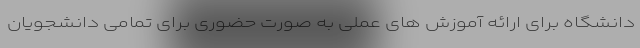
دانشگاه برای ارائه آموزش های عملی به صورت حضوری برای تمامی دانشجویان